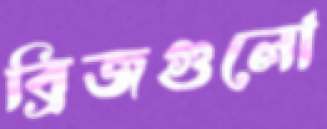
ব্রিজগুলো